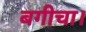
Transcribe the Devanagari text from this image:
बगीचा।